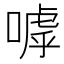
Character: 嘑